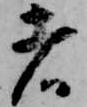
者